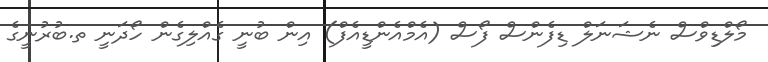
މޯލްޑިވްސް ނެޝަނަލް ޑިފެންސް ފޯސް (އެމްއެންޑީއެފް) އިން ބުނީ ގެއްލިގެން ހޯދަނީ ތ.ބުރުނީގެ